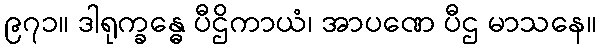
၉၇၁။ ဒါရုက္ခန္ဓေ ပီဌိကာယံ၊ အာပဏေ ပီဌ မာသနေ။